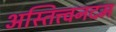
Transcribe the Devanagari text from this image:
अस्तित्त्वनदम